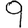
Digit: 9